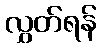
လွှတ်ရန်